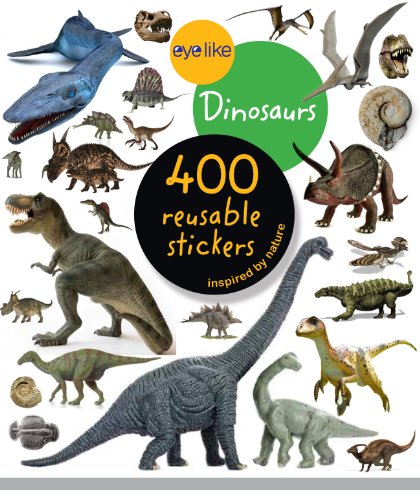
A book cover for Eyelike Stickers: Dinosaurs; Workman Publishing; Children's Books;